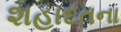
શહાદતના